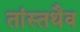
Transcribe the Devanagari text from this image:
तांस्तथैव